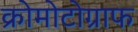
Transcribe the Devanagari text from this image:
क्रोमोटोग्राफ